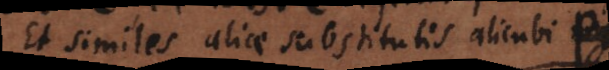
Et similes aliae substitutis alicubi